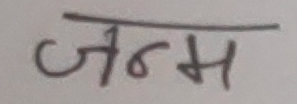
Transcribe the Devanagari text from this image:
जन्म